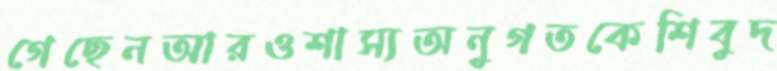
গেছেনআরওশাস্যঅনুগতকেশিবুদ